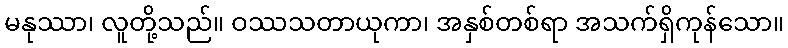
မနုဿာ၊ လူတို့သည်။ ဝဿသတာယုကာ၊ အနှစ်တစ်ရာ အသက်ရှိကုန်သော။